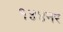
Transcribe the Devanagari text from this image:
१४४नर